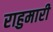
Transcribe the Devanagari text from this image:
राहुमारी